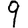
Digit: 9